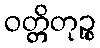
ဝတ္တိတုဉ္စ